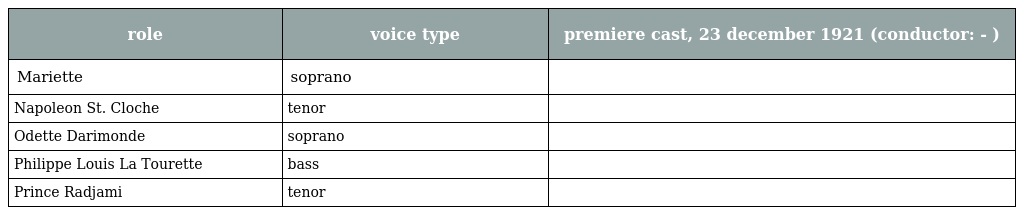
| role | voice type | premiere cast, 23 december 1921 (conductor: - ) |
 | --- | --- | --- |
 | Mariette | soprano |  |
 | Napoleon St. Cloche | tenor |  |
 | Odette Darimonde | soprano |  |
 | Philippe Louis La Tourette | bass |  |
 | Prince Radjami | tenor |  |